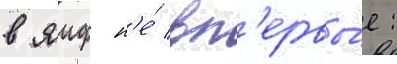
в яиф н'е́ вп'ервы́е: